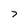
Character: 7